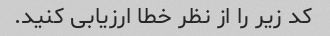
کد زیر را از نظر خطا ارزیابی کنید.